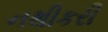
નથીકરી